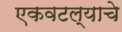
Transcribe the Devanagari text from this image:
एकवटल्याचे